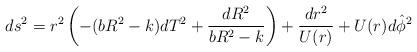
LaTeX: \begin{align*}ds^2 = r^2\left( -(bR^2-k) dT^2 + \frac{dR^2}{bR^2-k}\right)+ \frac{dr^2}{U(r)} + U(r) d\hat{\phi}^2\end{align*}